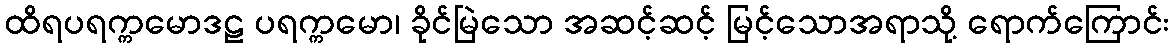
ထိရပရက္ကမောဒဠ ပရက္ကမော၊ ခိုင်မြဲသော အဆင့်ဆင့် မြင့်သောအရာသို့ ရောက်ကြောင်း